Reports on dispensaries and lunatic asylums in the Province of Oudh - 1869-1876
Year: 1869
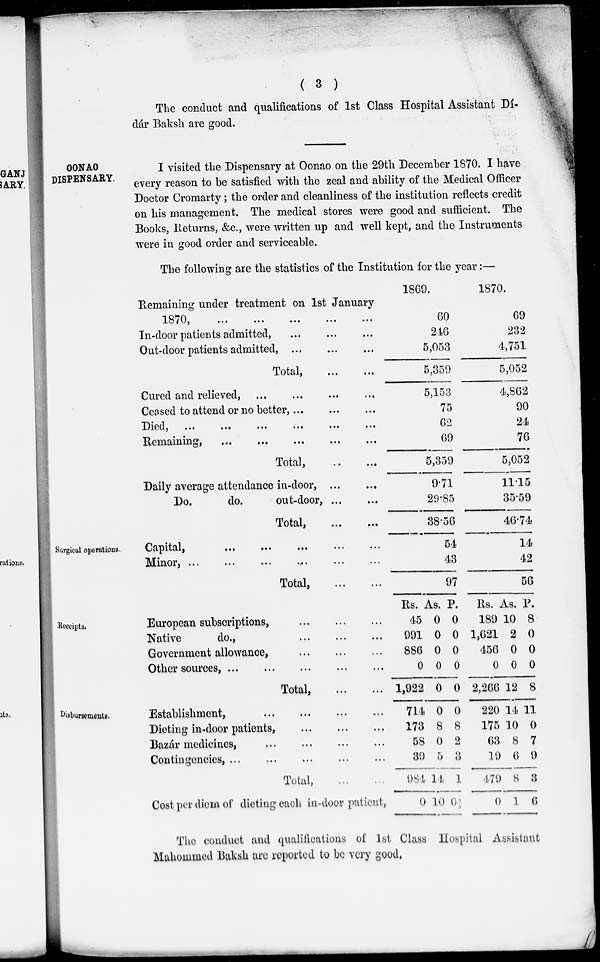
( 3 )
The conduct and qualifications of 1st Class Hospital Assistant Dí-
dár Baksh are good.
OONAO
DISPENSARY.
I visited the Dispensary at Oonao on the 29th December 1870. I have
every reason to be satisfied with the zeal and ability of the Medical Officer
Doctor Cromarty; the order and cleanliness of the institution reflects credit
on his management. The medical stores were good and sufficient. The
Books, Returns, &c., were written up and well kept, and the Instruments
were in good order and serviceable.
The following are the statistics of the Institution for the year:—
Remaining under treatment on 1st January
1870,
...
...
...
...
...
In-door patients admitted, … … …
Out-door patients admitted, ... … …
Total,
…
…
Cured and relieved, … … … …
Ceased to attend or no better, … … …
Died,
...
…
…
…
...
…
Remaining, … … … … …
Total,
…
…
Daily average attendance in-door, ... …
Do.
do.
out-door, … …
Total,
…
…
1869.
60
246
5,053
5,359
5,153
75
62
69
5,359
9.71
29.85
38.56
1870.
69
232
4,751
5,052
4,862
90
24
76
5,052
11.15
35.59
46.74
Surgical operations.
Capital,
...
...
...
...
...
Minor, … … … … …
Total,
...
...
54
43
97
14
42
56
Receipts.
European subscriptions,
...
...
...
Native
do., … … …
Government allowance,
…
…
…
Other sources, … … …
Total,
…
…
Rs.
45
991
886
0
1,922
As.
0
0
0
0
0
P.
0
0
0
0
0
Rs.
189
1,621
456
0
2,266
As.
10
2
0
0
12
P.
8
0
0
0
8
Disbursements.
Establishment,
…
…
…
…
Dieting in-door patients,
...
...
...
Bazár medicines, … … … …
Contingencies,
…
…
…
…
...
Total,
...
...
Cost per diem of dieting each in-door patient,
714
173
58
39
984
0
0
8
0
5
14
10
0
8
2
3
1
0
220
175
63
19
479
0
14
10
8
6
8
1
11
0
7
9
3
6
The conduct and qualifications of 1st Class Hospital Assistant
Mahommed Baksh are reported to be very good,